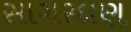
સાગરદાણ